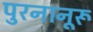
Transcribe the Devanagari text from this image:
पुरनानूरू